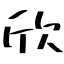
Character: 欣